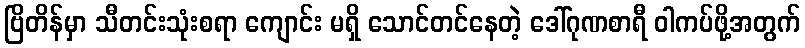
ဗြိတိန်မှာ သီတင်းသုံးစရာ ကျောင်း မရှိ သောင်တင်နေတဲ့ ဒေါ်ဂုဏစာရီ ဝါကပ်ဖို့အတွက်